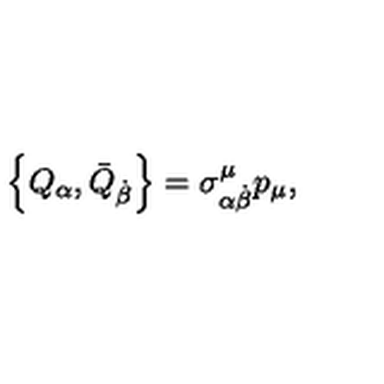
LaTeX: \left\{ Q _ { \alpha } , \bar { Q } _ { \dot { \beta } } \right\} = \sigma _ { \alpha \dot { \beta } } ^ { \mu } p _ { \mu } ,